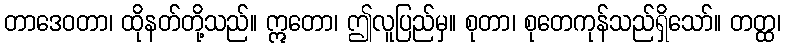
တာဒေဝတာ၊ ထိုနတ်တို့သည်။ ဣတော၊ ဤလူပြည်မှ။ စုတာ၊ စုတေကုန်သည်ရှိသော်။ တတ္ထ၊